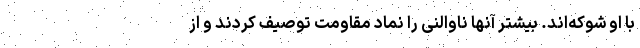
با او شوکه‌اند. بیشتر آنها ناوالنی را نماد مقاومت توصیف کردند و از